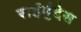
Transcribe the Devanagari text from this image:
राईमुंदेस